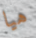
هيا